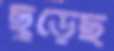
ছুঁড়েছ